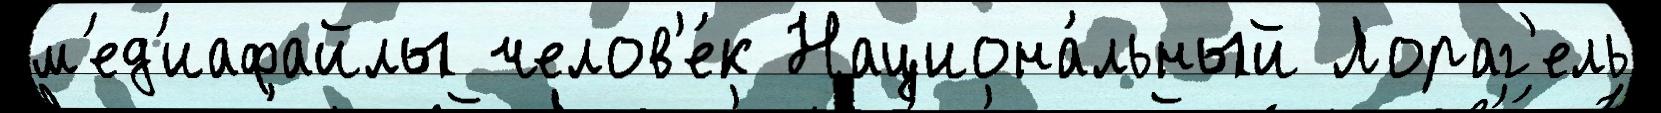
м'ед'иафайлы челов'е́к Национа́льный Лораг'ель